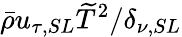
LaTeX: \bar{\rho}u_{\tau,SL}\widetilde{T}^{2}/\delta_{\nu,SL}